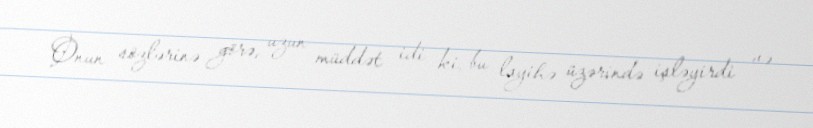
Onun sözlərinə görə, uzun müddət idi ki, bu layihə üzərində işləyirdi və